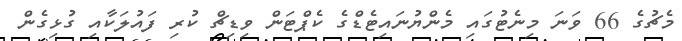
މެޗުގެ 66 ވަނަ މިނެޓުގައި މެންޔުނައިޓެޑްގެ ކެޕްޓަން ވިޑިޗް ކުރި ފައުލަކާއި ގުޅިގެން